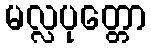
မလ္လပုတ္တော